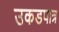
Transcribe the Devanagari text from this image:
उकडपात्र